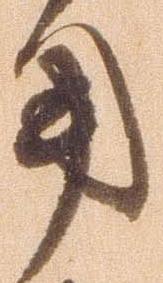
用